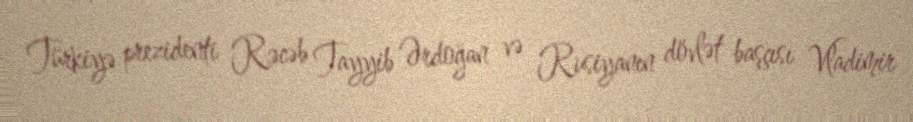
Türkiyə prezidenti Rəcəb Tayyib Ərdoğan və Rusiyanın dövlət başçısı Vladimir